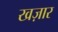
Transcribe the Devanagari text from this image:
खज़ार